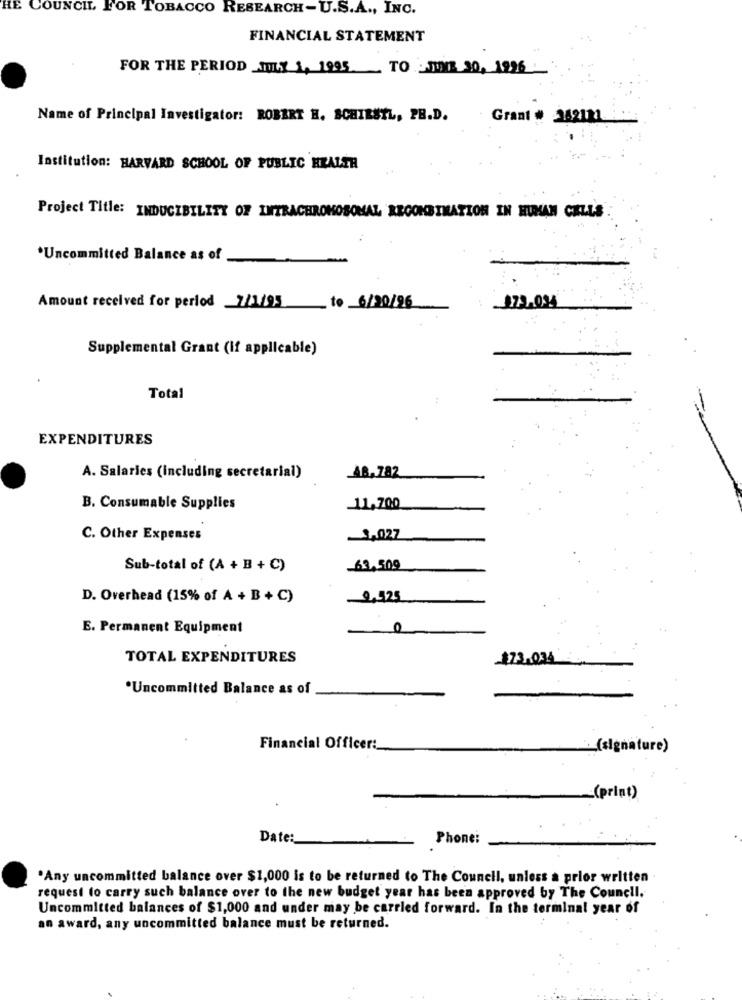
IE COUNCIL FOR TOBACCO RESEARCH-U.S.A ., INC.
FINANCIAL STATEMENT
FOR THE PERIOD JULY 1, 1995.
TO JUNE 30, 1926
Name of Principal Investigator: ROBERT H. SCHIESTL, PB.D.
Grant # 242121
Institution: HARVARD SCHOOL OF PUBLIC HEALTH
Project Title: INDUCIBILITY OF INTRACHROMOSOMAL RECONBINATION IN HUMAN CELLS
*Uncommitted Balance as of
Amount received for period 7/1/95 to 6/20/96
273.044
Supplemental Grant (if applicable)
Total
EXPENDITURES
A. Salaries (including secretarial)
AB, 782
B. Consumable Supplies
11,700
C. Other Expenses
3,027
Sub-total of (A + B + C)
-63,509
D. Overhead (15% of A + B + C)
2.425
E. Permanent Equipment
TOTAL EXPENDITURES
-173.034
*Uncommitted Balance as of
Financial Officer:
(signature)
(print)
Date:
Phone:
.Any uncommitted balance over $1,000 is to be returned to The Council, unless a prior written
request to carry such balance over to the new budget year has been approved by The Council.
Uncommitted balances of $1,000 and under may be carried forward. In the terminal year of
an award, any uncommitted balance must be returned.